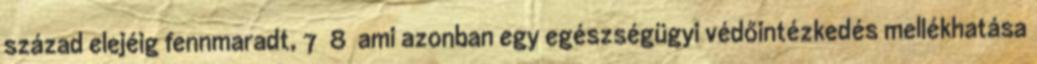
század elejéig fennmaradt, 7 8 ami azonban egy egészségügyi védőintézkedés mellékhatása